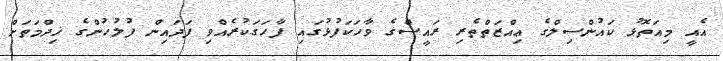
އެއީ މިއަތޮޅު ކައުންސިލްގެ ޢިއްޒަތްތެރި ރައީސްގެ ވާހަކަފުޅުގައި ފާހަގަކުރެއްވި ފަދައިން ފުލުހުންގެ ޚިދްމަތަށް